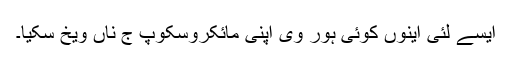
ایسے لئی اینوں کوئی ہور وی اپنی مائکروسکوپ ج ناں ویخ سکیا۔